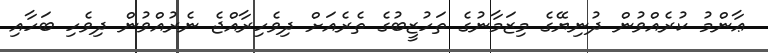
ޢާންމު ކުރެއްވުން ދުނިޔޭގެ މިޒަމާނުގެ ތަހުޒީބުގެ ތެރެއަށް ދިވެހިރާއްޖެ ނެރުއްވުން ދިވެހި ބަހާއި